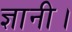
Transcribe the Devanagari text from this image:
ज्ञानी।